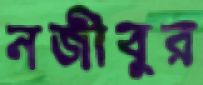
নজীবুর